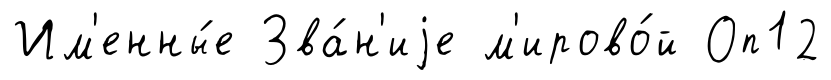
Им'енны́е Зва́н'иjе м'ирово́й Оп12